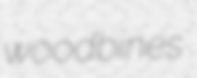
woodbines